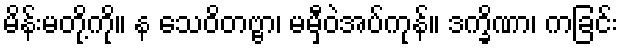
မိန်းမတို့ကို။ န သေဝိတဗ္ဗာ၊ မမှီဝဲအပ်ကုန်။ ဒက္ခိဏာ၊ ကခြင်း